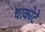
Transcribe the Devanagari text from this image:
चाकोटे